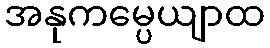
အနုကမ္ပေယျာထ